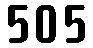
505